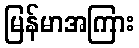
မြန်မာအကြား